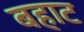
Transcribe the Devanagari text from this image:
बहाट